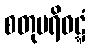
စတုပရိဝဋ္ဋံ